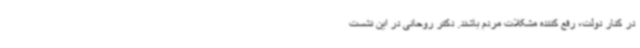
در کنار دولت، رفع کننده مشکلات مردم باشند. دکتر روحانی در این نشست